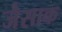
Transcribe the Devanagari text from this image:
जैसाक